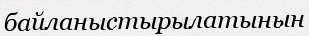
байланыстырылатынын